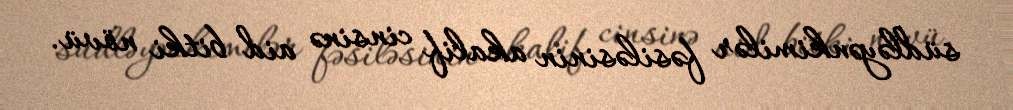
südləyənkimilər fəsiləsinin akalif cinsinə aid bitki növü.